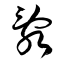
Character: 亂